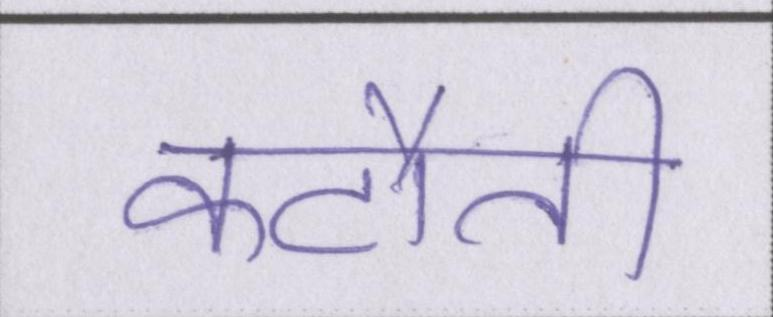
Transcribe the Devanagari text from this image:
कटौती